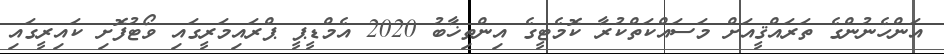
އަންހެނުންގެ ތަރައްޤީއަށް މަސައްކަތްކުރާ ކޮމެޓީގެ އިންތިޚާބު 2020 އެމްޑީޕީ ޕްރައިމަރީގައި ވޯޓުފޮށި ކައިރީގައި